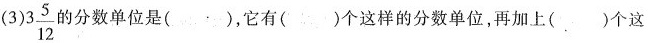
(3)3 \frac{5}{12}的分数单位是( )，它有( )个这样的分数单位，再加上( )个这